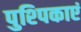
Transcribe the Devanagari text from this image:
पुश्पिकाएं